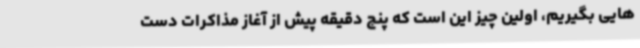
هایی بگیریم، اولین چیز این است که پنج دقیقه پیش از آغاز مذاکرات دست